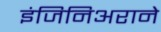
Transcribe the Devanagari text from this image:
इंजिनिअराने